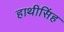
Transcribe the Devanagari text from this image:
हाथीसिंह